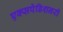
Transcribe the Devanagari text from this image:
एक्सपेडिशनरी